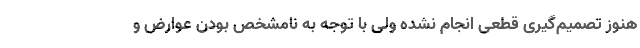
هنوز تصمیم‌گیری قطعی انجام نشده ولی با توجه به نامشخص بودن عوارض و